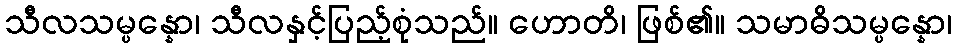
သီလသမ္ပန္နော၊ သီလနှင့်ပြည့်စုံသည်။ ဟောတိ၊ ဖြစ်၏။ သမာဓိသမ္ပန္နော၊